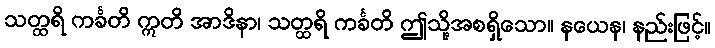
သတ္ထရိ ကင်္ခတိ ဣတိ အာဒိနာ၊ သတ္ထရိ ကင်္ခတိ ဤသို့အစရှိသော။ နယေန၊ နည်းဖြင့်။